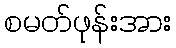
စမတ်ဖုန်းအား